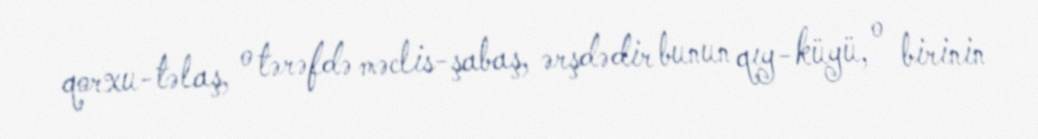
qorxu-təlaş, o tərəfdə məclis-şabaş, ərşdədir bunun qıy-küyü, o birinin